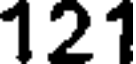
121